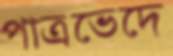
পাত্রভেদে